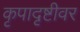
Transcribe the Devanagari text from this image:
कृपादृष्टीवर